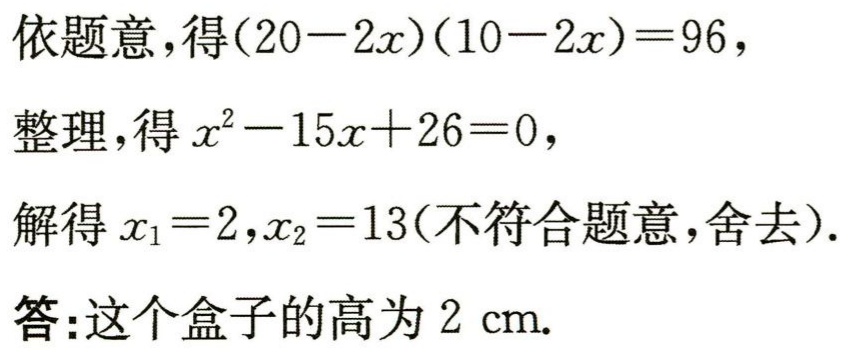
依题意，得\((20 - 2x)(10 - 2x) = 96\)，
整理，得\(x^{2}-15x + 26 = 0\)，
解得\(x_{1}=2,x_{2}=13\)(不符合题意，舍去).
答:这个盒子的高为\(2\ \text{cm}\).